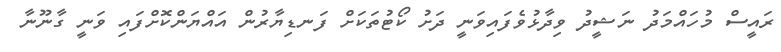
ރައީސް މުހައްމަދު ނަޝީދު ވިދާޅުވެފައިވަނީ ދަށު ކޯޓުތަކަށް ފަނޑިޔާރުން އައްޔަންކޮށްފައި ވަނީ ގާނޫނާ